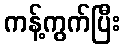
ကန့်ကွက်ပြီး